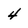
Character: 4